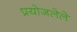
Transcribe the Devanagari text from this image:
प्रयोजलेले